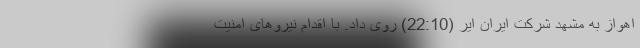
اهواز به مشهد شرکت ایران ایر (22:10) روی داد. با اقدام نیروهای امنیت